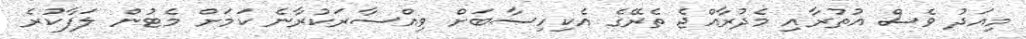
މިއަދު ވެސް އުތުރާއި މެދުރާއްޖެ ތެރޭގެ އެކިހިސާބަށް ވިއްސާރަކުރާނެ ކަމަށް މެޓުން ލަފާކުރެ